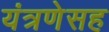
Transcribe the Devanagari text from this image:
यंत्रणेसह